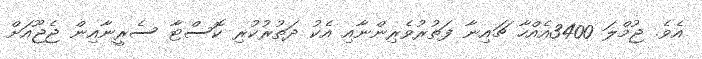
އެވެ. ޖުމްލަ 3400އެއްހާ ޗައިނާ ފަތުރުވެރިންނާއި އެކު ދަތުރުކުރި ކޮސްޓާ ސެރީނާއިން ޖެޖޫއަށް